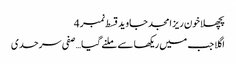
پچھلا خون ریز امجد جاوید قسط نمبر 4
اگلا جب میں ریکھا سے ملنے گیا … صفی سرحدی